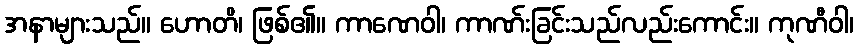
အနာများသည်။ ဟောတိ၊ ဖြစ်၏။ ကာဏေဝါ၊ ကာဏ်းခြင်းသည်လည်းကောင်း။ ကုဏီဝါ၊